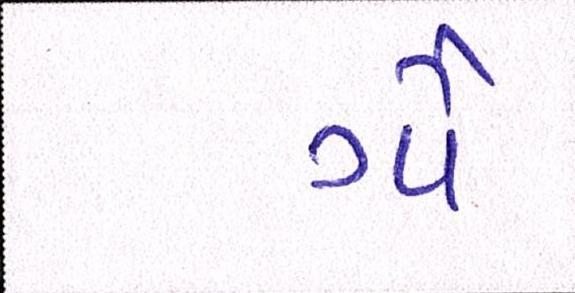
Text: ગૌ